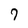
Character: 7